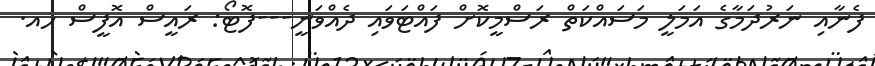
ފެނާއި ނަރުދަމާގެ އަމަލީ މަސައްކަތް ރަސްމީކޮށް ފައްޓަވައި ދެއްވަނީ---ފޮޓޯ: ރައީސް އޮފީސް ހއ.